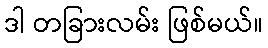
ဒါ တခြားလမ်း ဖြစ်မယ်။